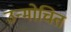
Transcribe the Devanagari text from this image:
उन्मोचित